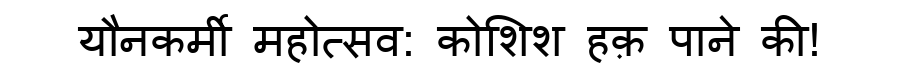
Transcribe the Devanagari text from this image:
यौनकर्मी महोत्सव: कोशिश हक़ पाने की!